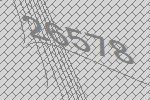
26578